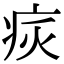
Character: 𤵮